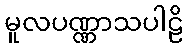
မူလပဏ္ဏာသပါဠိ